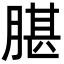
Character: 𦝧